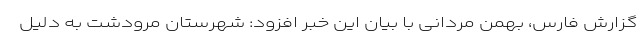
گزارش فارس، بهمن مردانی با بیان این خبر افزود: شهرستان مرودشت به دلیل